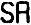
SR